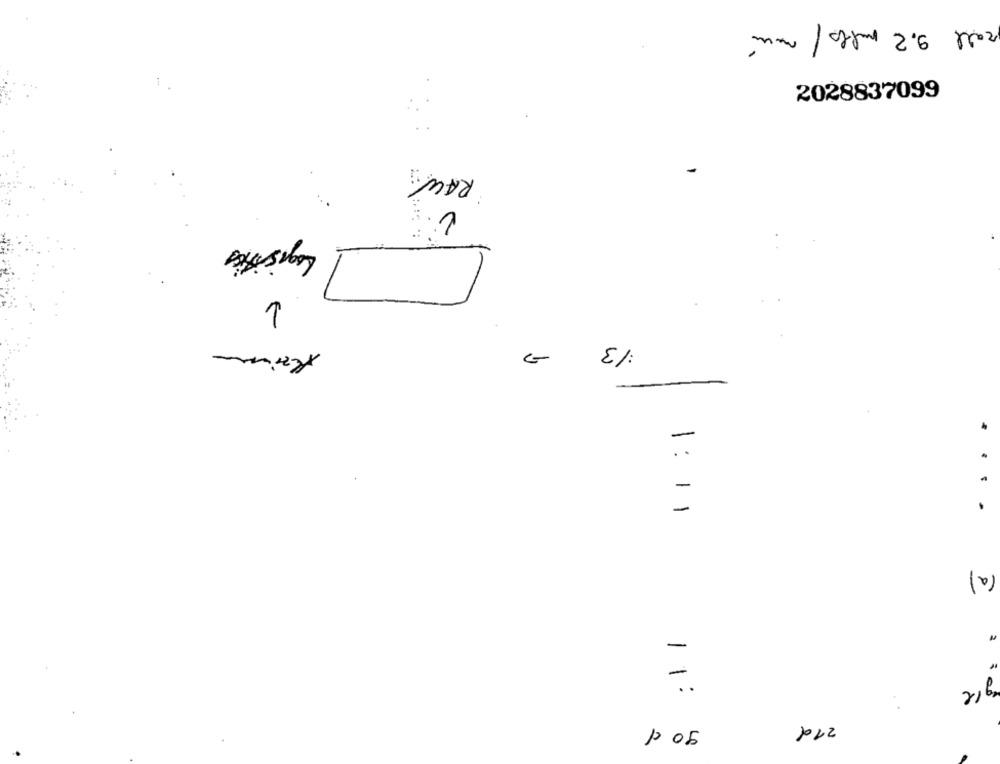
rall 9.2 mls/ min
2028837099
RAW .:
-
1
1
:13
G
1:
-
-
...
(a)
-
gre
-
21d
p 05